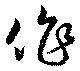
作